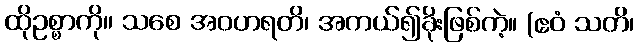
ထိုဥစ္စာကို။ သစေ အဝဟရတိ၊ အကယ်၍ခိုးဖြစ်ကဲ့။ (ဧဝံ သတိ၊